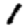
Digit: 1